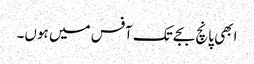
ابھی پانچ بجے تک آفس میں ہوں۔